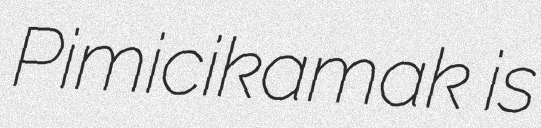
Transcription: Pimicikamak is